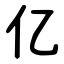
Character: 亿